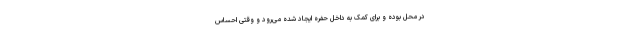
در محل بوده و برای کمک به داخل حفره ایجاد شده می‌رود و وقتی احساس